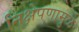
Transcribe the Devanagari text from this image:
निक्षेपणामुळे